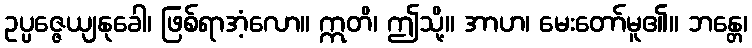
ဥပ္ပဇ္ဇေယျနုခေါ၊ ဖြစ်ရာအံ့လော။ ဣတိ၊ ဤသို့။ အာဟ၊ မေးတော်မူ၏။ ဘန္တေ၊